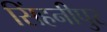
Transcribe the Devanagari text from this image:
सिंहनीपुर